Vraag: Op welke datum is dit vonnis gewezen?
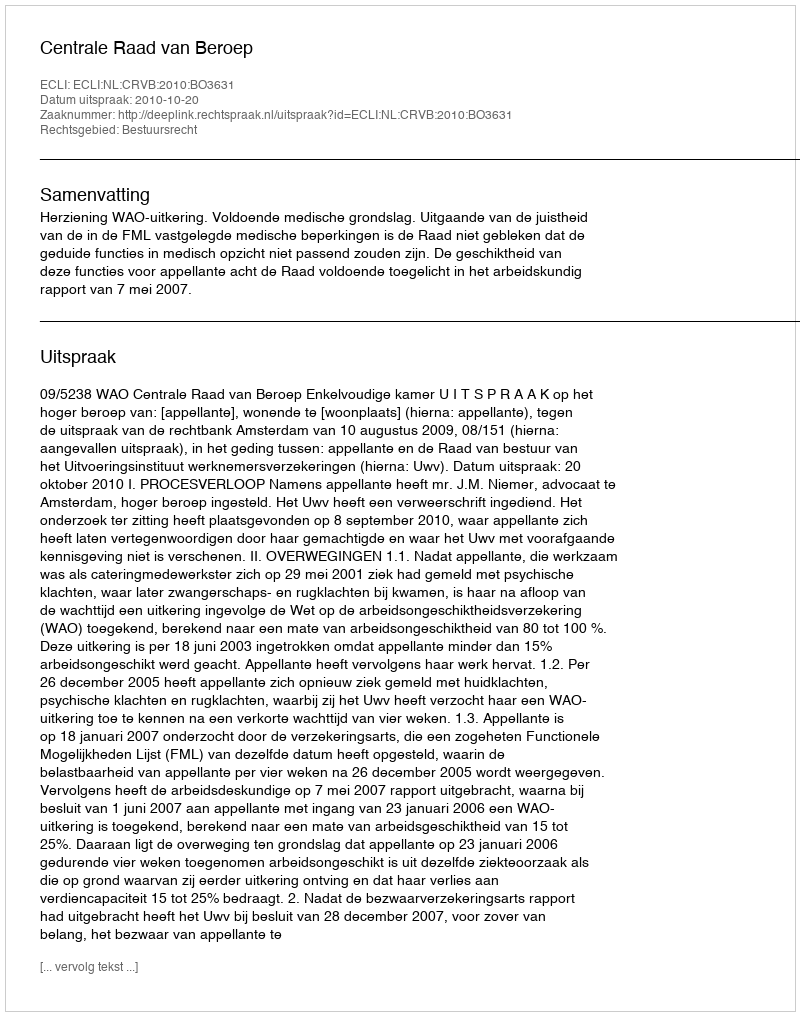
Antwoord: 2010-10-20